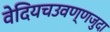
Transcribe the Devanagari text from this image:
वेदियचउवण्णजुदा